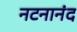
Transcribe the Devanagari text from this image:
नटनानंद